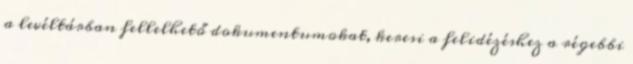
a levéltárban fellelhető dokumentumokat, keresi a felidézéshez a régebbi